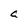
Character: a